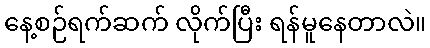
နေ့စဉ်ရက်ဆက် လိုက်ပြီး ရန်မူနေတာလဲ။